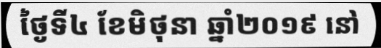
ថ្ងៃទី៤ ខែមិថុនា ឆ្នាំ២០១៩ នៅ